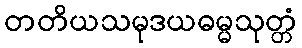
တတိယသမုဒယဓမ္မသုတ္တံ